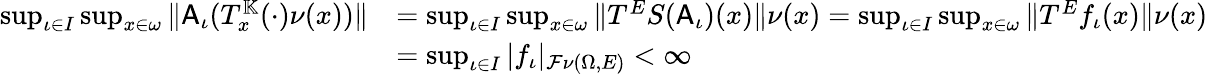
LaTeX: \begin{array}{rl}{\operatorname*{sup}_{\iota\in I}\operatorname*{sup}_{x\in\omega}\| \mathsf{A}_{\iota}(T_{x}^{\mathbb{K}}(\cdot)\nu(x))\| }&{=\operatorname*{sup}_{\iota\in I}\operatorname*{sup}_{x\in\omega}\| T^{E}S(\mathsf{A}_{\iota})(x)\| \nu(x)=\operatorname*{sup}_{\iota\in I}\operatorname*{sup}_{x\in\omega}\| T^{E}f_{\iota}(x)\| \nu(x)}\\ &{=\operatorname*{sup}_{\iota\in I}|f_{\iota}|_{\mathcal{F}\nu(\Omega,E)}<\infty}\end{array}